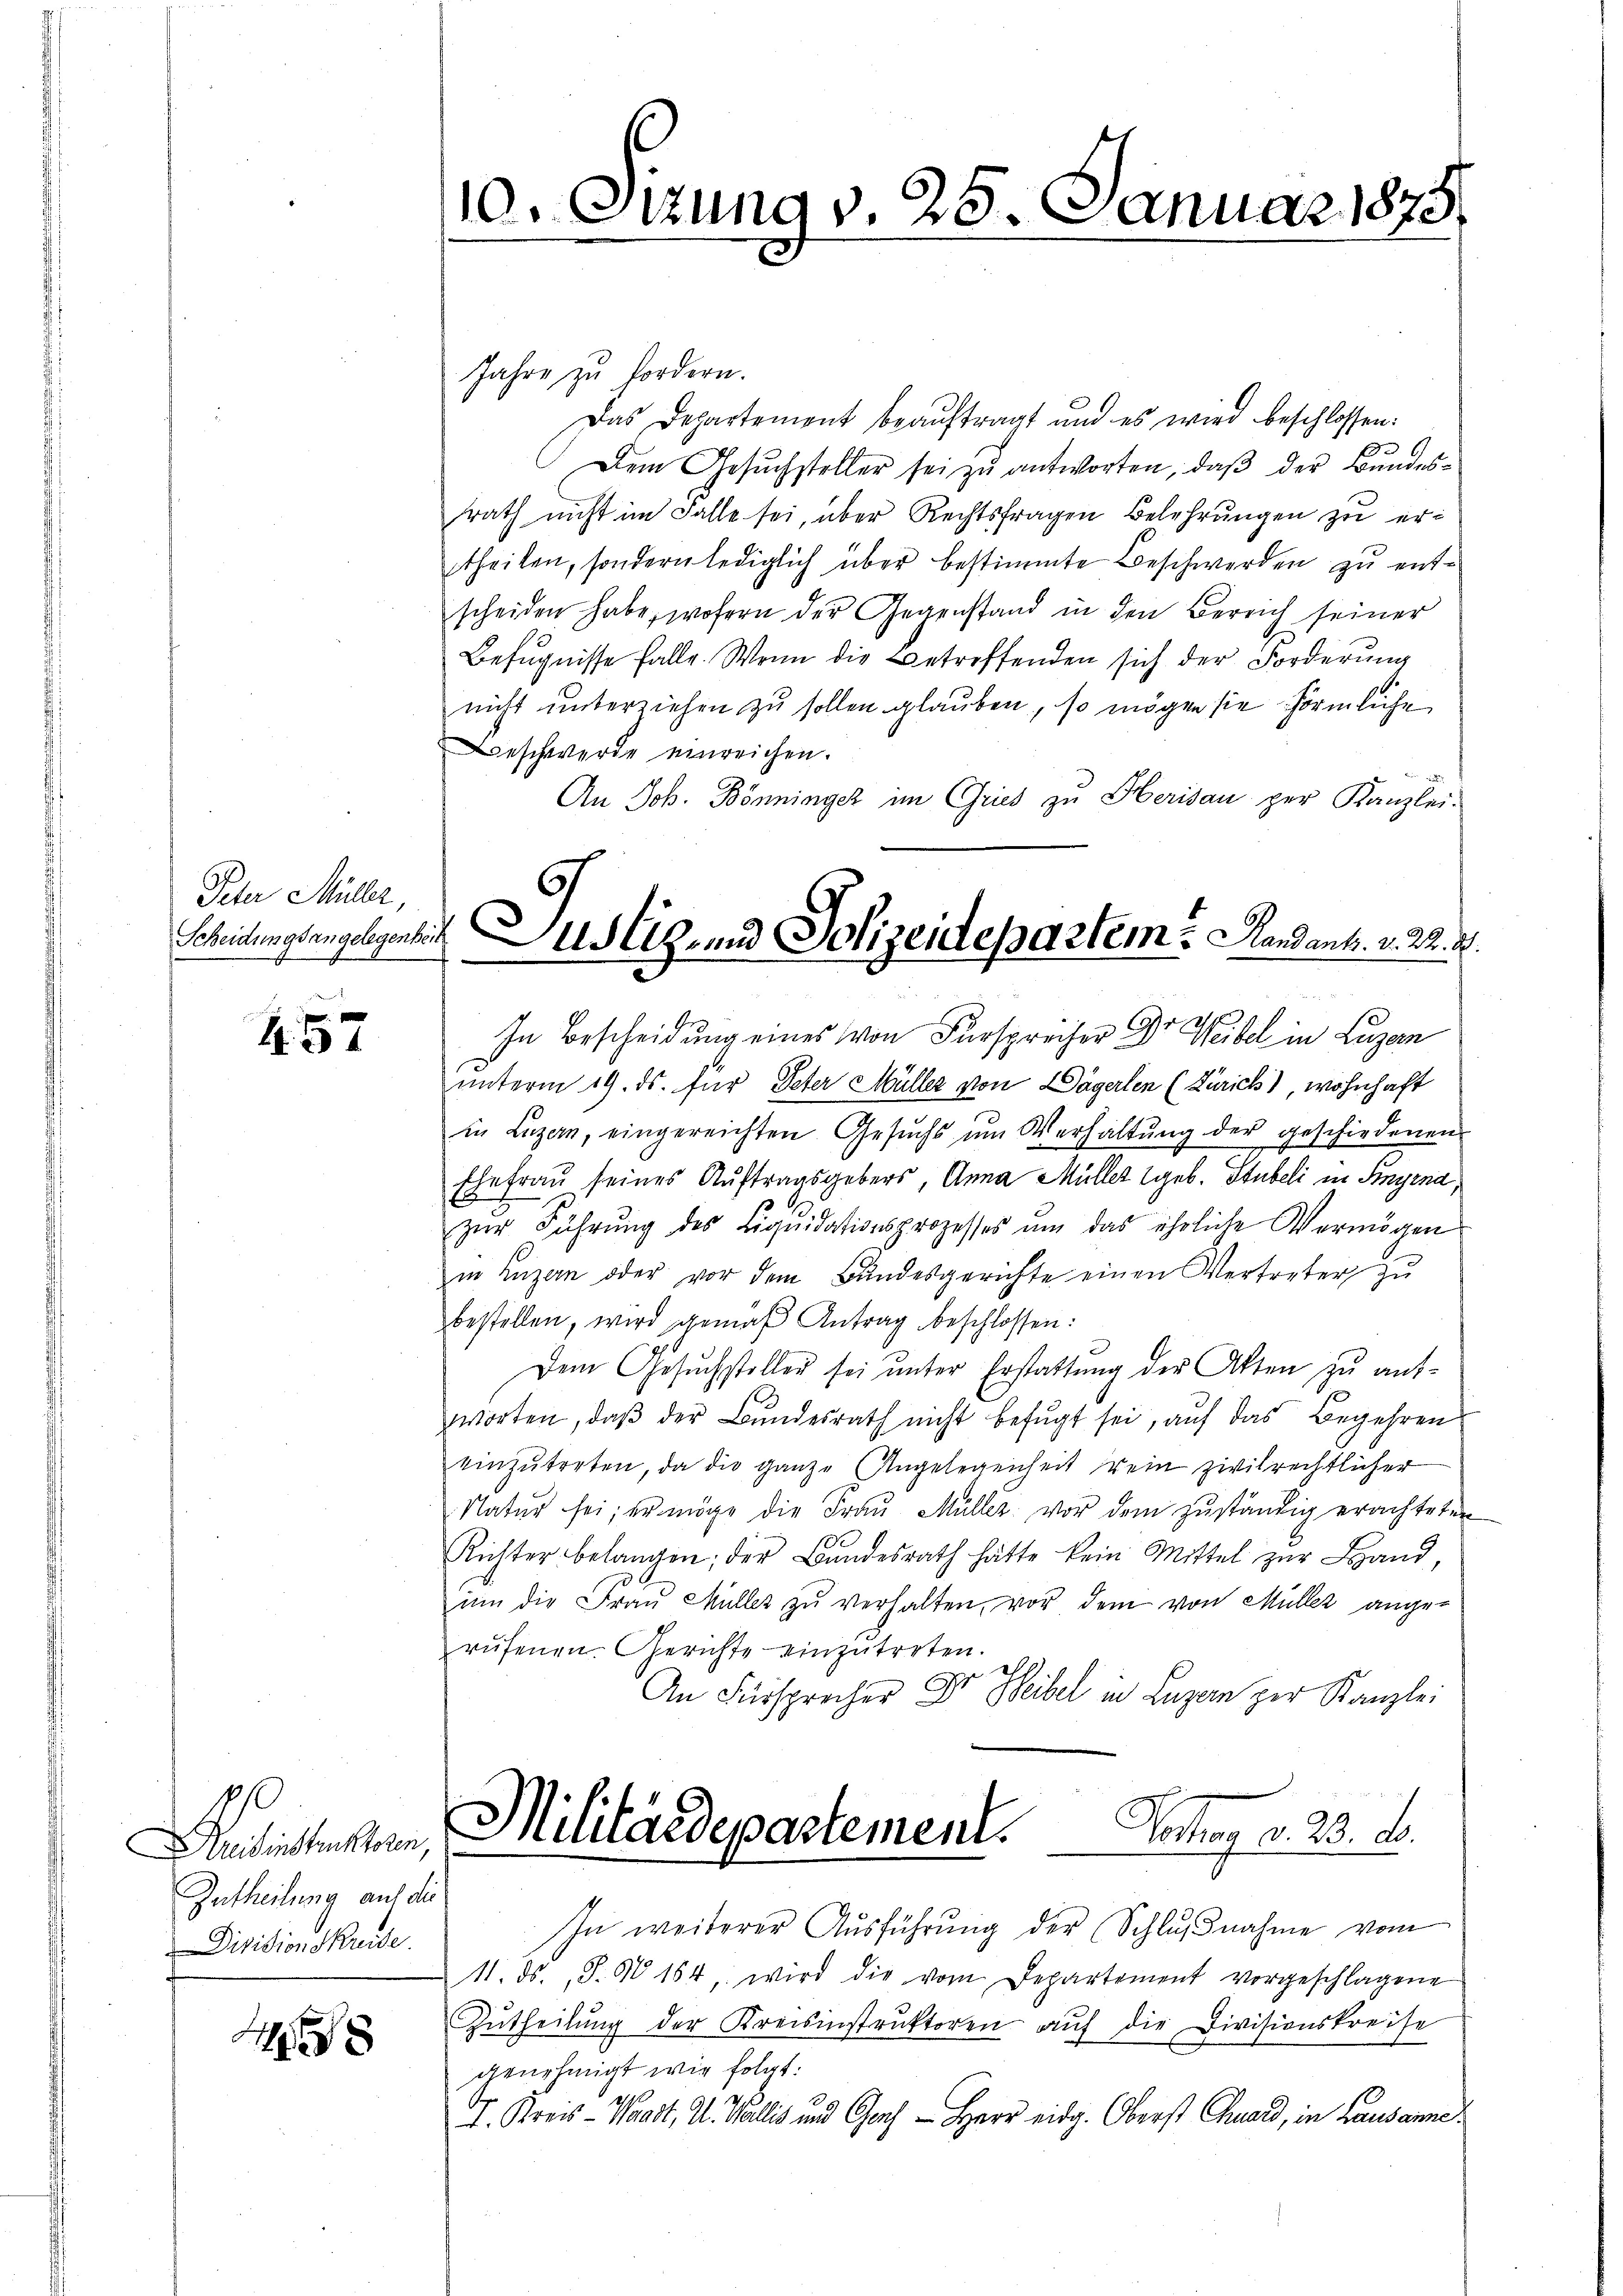
Peter Müller,

457

0
Dreisinstruktoren,
Intheilung auf die
Division Kreise.

4

110. Otzung v. 25. Januar 1875.

Jahre zu fordern.
Das Departement beauftragt und es wird beschlossen:
Dem Gesuchsteller sei zu antworten, daß der Bundesrath nicht im Falle sei, über Rechtsfragen Belehrŭngen zu ertheilen, sondern lediglich über bestimmte Beschwerden zu entscheiden habe, wofern der Gegenstand in den Bereich seiner
Befugnisse falle. Wenn die Betreffenden sich der Forderung
nicht unterziehen zu sollen glauben, so mögen sie förmliche
Beschwerde einreichen.
An Joh. Bönninger im Gries zu Herisau per Kanzlei-
In Bescheidung eines von Fürspreiser Dr. Weibel in Luzern
unterm 19. ds. für Peter Müller von Dägerlen (Zürich), wohnhaft
in Luzern, eingereichten Gesŭch ŭm Verhaltŭng der geschiedenen
Ehefrau seines Auftragsgebers, Anna Müller geb. Stubeli in Syrna,
zur Führung des Liquidationsprozesses um das ehrliche Vermögen
in Luzern oder vor dem Bundesgerichte einen Vertreter zu
bestellen, wird gemäß Antrag beschlossen:
Dem Gesuchsteller sei unter Erstattung der Akten zu antworten, daß der Bundesrath nicht befugt sei, auf das Begehren
einzŭtreten, da die ganze Angelegenheit rein zivilrechtlicher
Natŭr sei; er möge die Frau Müller vor dem zuständig erachteten
Richter belangen; der Bundesrath hätte kein Mittel zur Land,
ŭm die Fraŭ Müller zŭ verhalten, vor dem von Müller ange-
rufenen. Gerichte einzutreten.
An Fürsprocher Dr. Heibel in Luzern zur Kanzlei
Militärdepartement.
Peter v. 20. d.
In weiterer Aŭsführŭng der Schlŭβnahme vom
1. ds. S. 30 154, wird die vom Departement vorgeschlagene
Zŭtheilŭng der Kreisinstrŭktoren auf die Divisionskreise
genehmigt wir folgt.
I. Kreis- Waadt, A. Wallis und Genf - Herr eidg. Oberst Chuard, in Lausanne

Scheidungsangelegenberg- und Polizeidepartem? Handank. v. 22. 4.